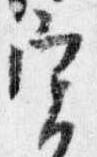
実